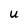
Character: u